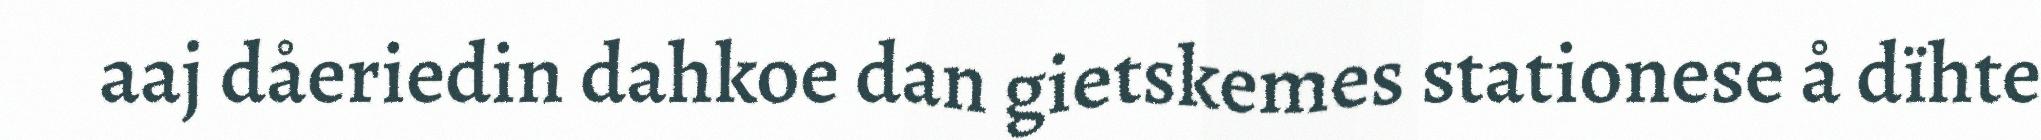
aaj dåeriedin dahkoe dan gietskemes stationese å dïhte